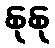
နုနု